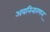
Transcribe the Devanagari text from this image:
अवनिनारणन्